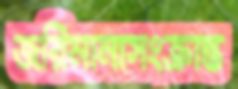
জরিমানাসংক্রান্ত